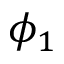
\phi _ { 1 }